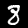
Label: 8